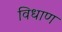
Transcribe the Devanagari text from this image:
विधाण